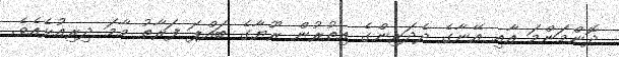
ދޮންމަންމަ އާއި އޭނާގެ ދެދަރިންގެ އިތުރުން ރޫޔާގެ ބައްޕަ ފަރާތު މާމަ ދިރިއުޅެއެވެ.